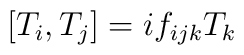
\left[ T_{i},T_{j}\right] =if_{ijk}T_{k}